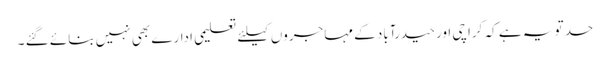
حد تو یہ ہے کہ کراچی اور حیدرآباد کے مہاجروں کیلئے تعلیمی ادارے بھی نہیں بنائے گئے ۔